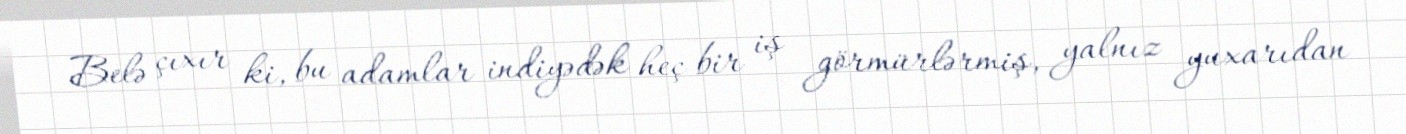
Belə çıxır ki, bu adamlar indiyədək heç bir iş görmürlərmiş, yalnız yuxarıdan